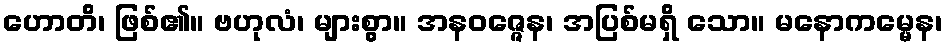
ဟောတိ၊ ဖြစ်၏။ ဗဟုလံ၊ များစွာ။ အနဝဇ္ဇေန၊ အပြစ်မရှိ သော။ မနောကမ္မေန၊